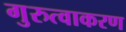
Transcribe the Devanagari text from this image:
गुरुत्वाकरण